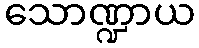
သောဏ္ဍာယ